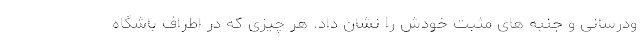
ودرسانی و جنبه های مثبت خودش را نشان داد. هر چیزی که در اطراف باشگاه